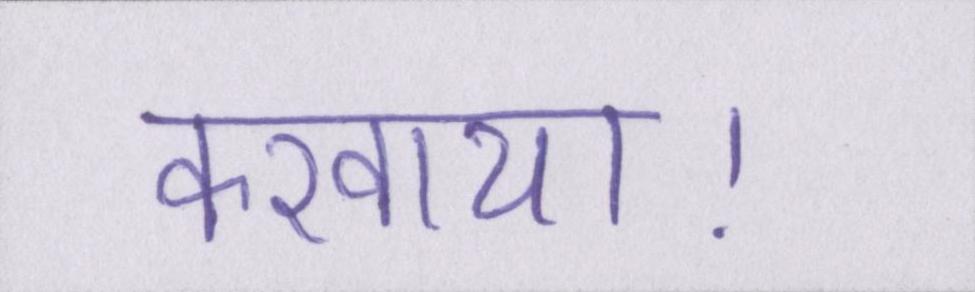
करवाया।